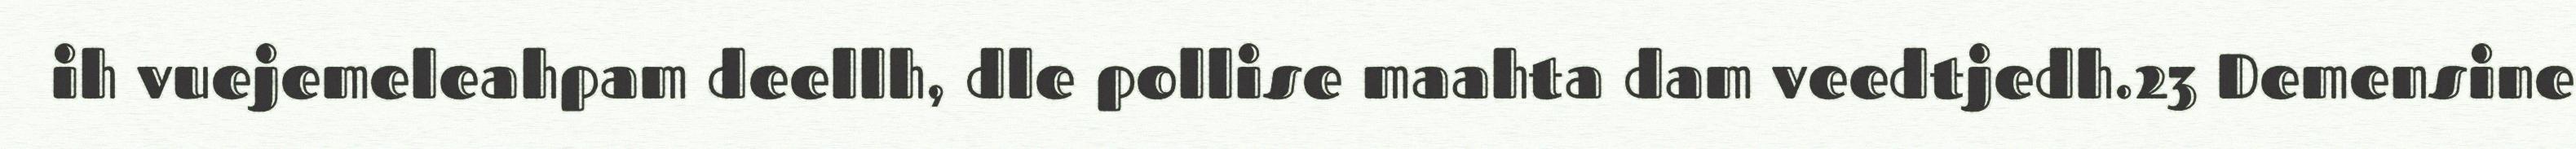
ih vuejemeleahpam deellh, dle pollise maahta dam veedtjedh.23 Demensine